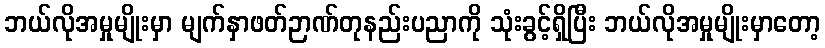
ဘယ်လိုအမှုမျိုးမှာ မျက်နှာဖတ်ဉာဏ်တုနည်းပညာကို သုံးခွင့်ရှိပြီး ဘယ်လိုအမှုမျိုးမှာတော့